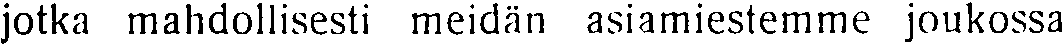
jotka mahdollisesti meidän asiamiestemme joukossa